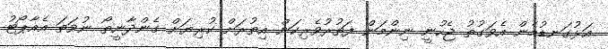
އަޅުގަނޑުމެން އެވަގުތު ޖެހުނީ ނިންމަން ފަތުރުވެރިކަން އިތުރަށް ކުރިޔަށް ގެންދާނީތޯ ނުވަތަ އެއާޕޯޓު